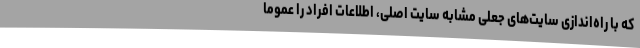
که با راه‌اندازی سایت‌های جعلی مشابه سایت اصلی، اطلاعات افراد را عموما